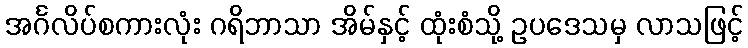
အင်္ဂလိပ်စကားလုံး ဂရိဘာသာ အိမ်နှင့် ထုံးစံသို့ ဥပဒေသမှ လာသဖြင့်